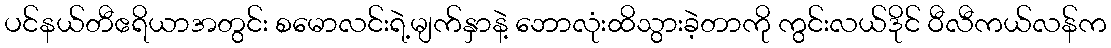
ပင်နယ်တီဧရိယာအတွင်း စမောလင်းရဲ့မျက်နှာနဲ့ ဘောလုံးထိသွားခဲ့တာကို ကွင်းလယ်ဒိုင် ဝီလီကယ်လန်က